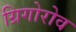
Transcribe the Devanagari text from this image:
ग्रिगोरोव